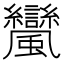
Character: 𩙟